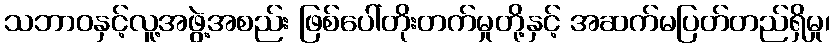
သဘာဝနှင့်လူ့အဖွဲ့အစည်း ဖြစ်ပေါ်တိုးတက်မှုတို့နှင့် အဆက်မပြတ်တည်ရှိမှု၊